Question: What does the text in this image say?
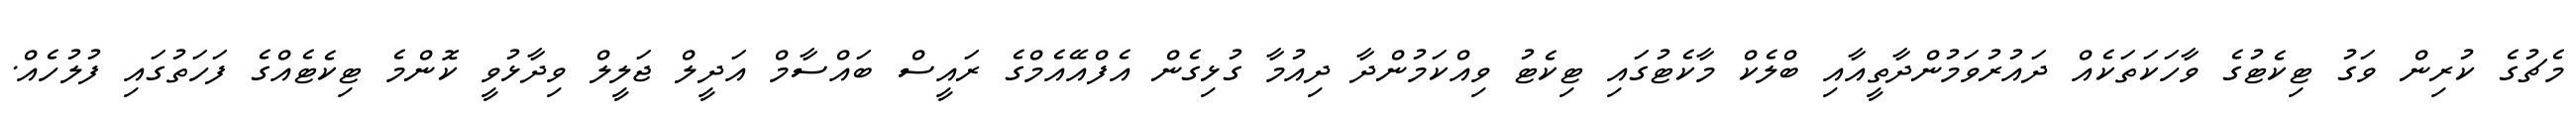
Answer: މެޗުގެ ކުރިން ވަގު ޓިކެޓުގެ ވާހަކަތަކެއް ދައުރުވަމުންދާތީއާއި ބްލެކް މާކެޓުގައި ޓިކެޓު ވިއްކަމުންދާ ދިއުމާ ގުޅިގެން އެފްއޭއެމްގެ ރައީސް ބައްސާމް އަދީލް ޖަލީލް ވިދާޅުވީ ކޮންމެ ޓިކެޓެއްގެ ފަހަތުގައި ފުލުހެއް.